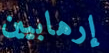
إرهابيين